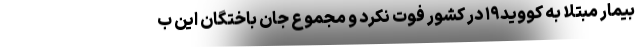
بیمار مبتلا به کووید۱۹ در کشور فوت نکرد و مجموع جان باختگان این ب